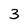
Character: 3